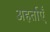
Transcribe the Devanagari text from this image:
अहर्ताएँ